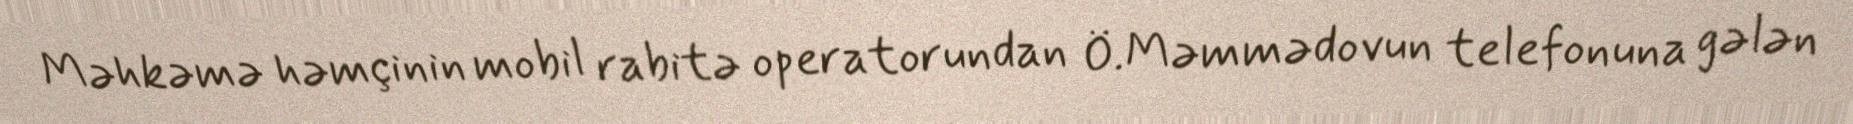
Məhkəmə həmçinin mobil rabitə operatorundan Ö.Məmmədovun telefonuna gələn